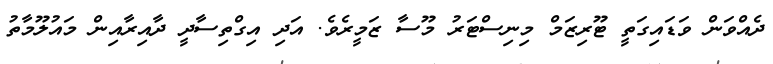
ދެއްވަން ވަޑައިގަތީ ޓޫރިޒަމް މިނިސްޓަރު މޫސާ ޒަމީރެވެ. އަދި އިގްތިސާދީ ދާއިރާއިން މައުލޫމާތު